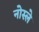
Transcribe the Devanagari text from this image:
नोस्ले